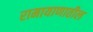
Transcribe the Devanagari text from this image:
रामायाणातील